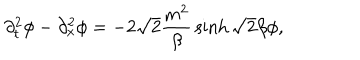
\partial _ { t } ^ { 2 } \phi - \partial _ { x } ^ { 2 } \phi = - 2 \sqrt 2 { \frac { m ^ { 2 } } { \beta } } \sinh \sqrt 2 \beta \phi ,